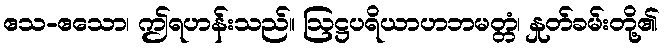
ဧသ-ဧသော၊ ဤရဟန်းသည်။ ဩဋ္ဌပရိယာဟဘမတ္တံ၊ နှုတ်ခမ်းတို့၏